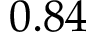
0 . 8 4